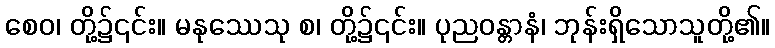
စေဝ၊ တို့၌၎င်း။ မနုဿေသု စ၊ တို့၌၎င်း။ ပုညဝန္တာနံ၊ ဘုန်းရှိသောသူတို့၏။